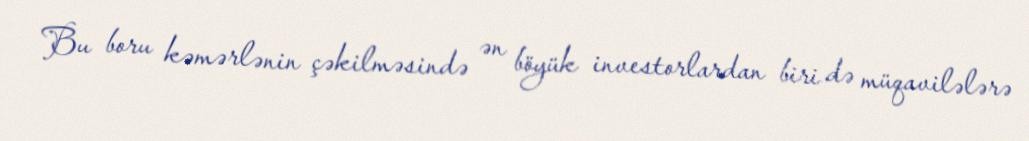
Bu boru kəmərlənin çəkilməsində ən böyük investorlardan biri də müqavilələrə